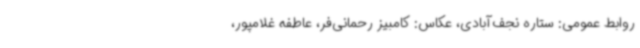
روابط عمومی: ستاره نجف‌آبادی، عکاس: کامبیز رحمانی‌فر، عاطفه غلامپور،